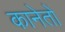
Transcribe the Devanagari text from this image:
कानेतों